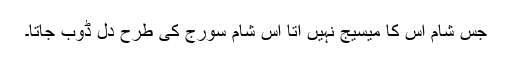
جس شام اس کا میسیج نہیں آتا اس شام سورج کی طرح دل ڈوب جاتا۔